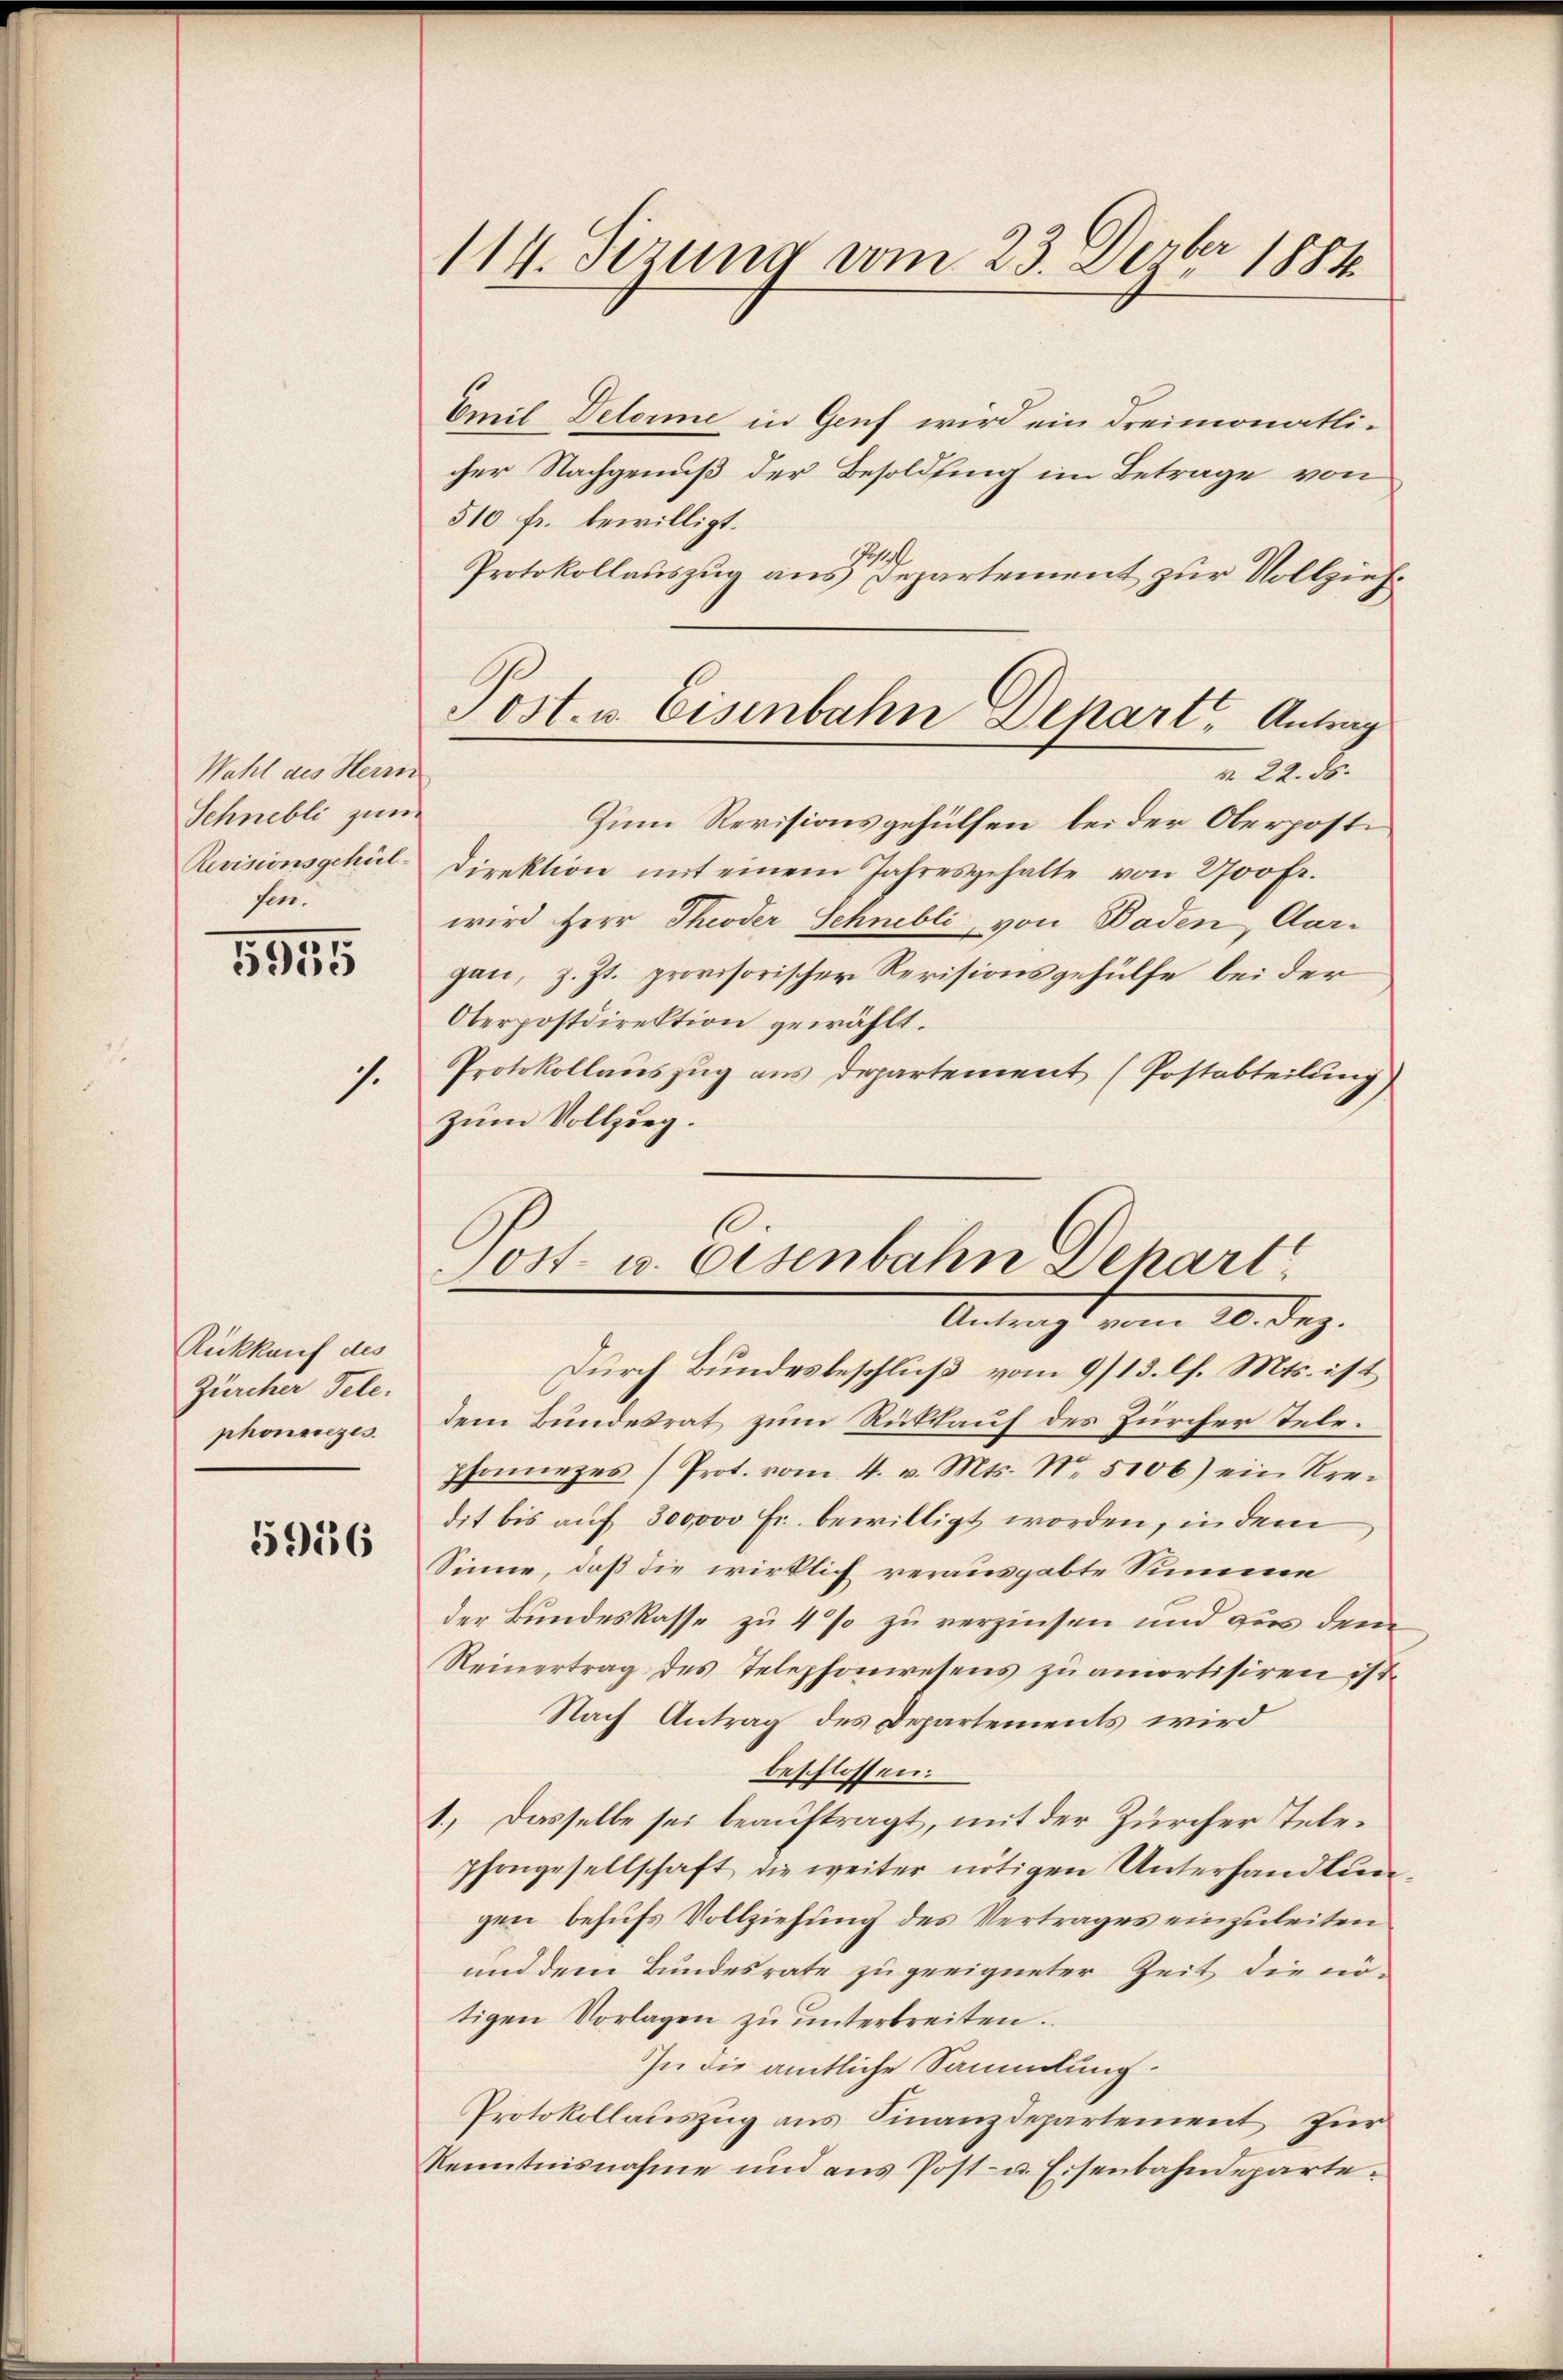
Wahl des Herrn
Schnebli zum
Revisionsgehül-
sen.

5955

.

Rückkauf des
Zürcher Tele.
phonsrezes.

5956

114. Jezung vom 23. Dezbr 1884

Emil Delorme in Genf wird ein dreimonatlicher Nachgenuß der Besoldung im Betrage von
510 fr. bewilligt.
o
Protokollauszug aus Departement zur Vollziehm 22. d.
Zum Revisionsgehülfen bei der Oberpostidirektion mit einem Jahresgehalte von 200 fr.
wird Herr Theoder Schnebli von Baden, Aargan, z. Zt. provisorischer Revisionsgehülfe bei der
Oberpostdirektion gewählt.
Protokollauszug aus departement (Postabteilung)
zum Vollzug.
Antragt vom 20. Dez.
Durch Bundesbeschluß vom 9/13. l. Mts. ist
dem Bundesrat zum Rückkauf des Zürcher Telephonnezes (Prot. vom 4. v. Mts. Nr. 5106) ein Kredit bis auf 300000 Fr. bewilligt worden, in dem
Sinne, daß die wirklich verausgabte Summe
der Bundeskasse zu 4 % zu verzinsen und zu dem
Reinertrag des Telephonwesens zu amortisiren ist.
Nach Antrag des Departements wird
beschlossen:
1.) Dasselbe sei beauftragt, mit der Zürcher Telephongesellschaft die weiter nötigen Unterhandlun
gen behufs Vollziehung des Vertrages einzuleiten
und dem Bundesrate zu geeigneter Zeit die nötigen Vorlagen zŭ ŭnterbreiten.
In die amtliche Sammlung.
Protokollauszug aus Finanzdepartement für
Renntnisnahme und ans Post- u. Eisenbahndeparte.

Post. u. Eisenbahn Depart, Antrag

ost- u. Eisenbahn Behart